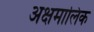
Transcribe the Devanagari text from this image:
अक्षमालिक